Tartu_Kolgata_baptistikogudus, lk 87
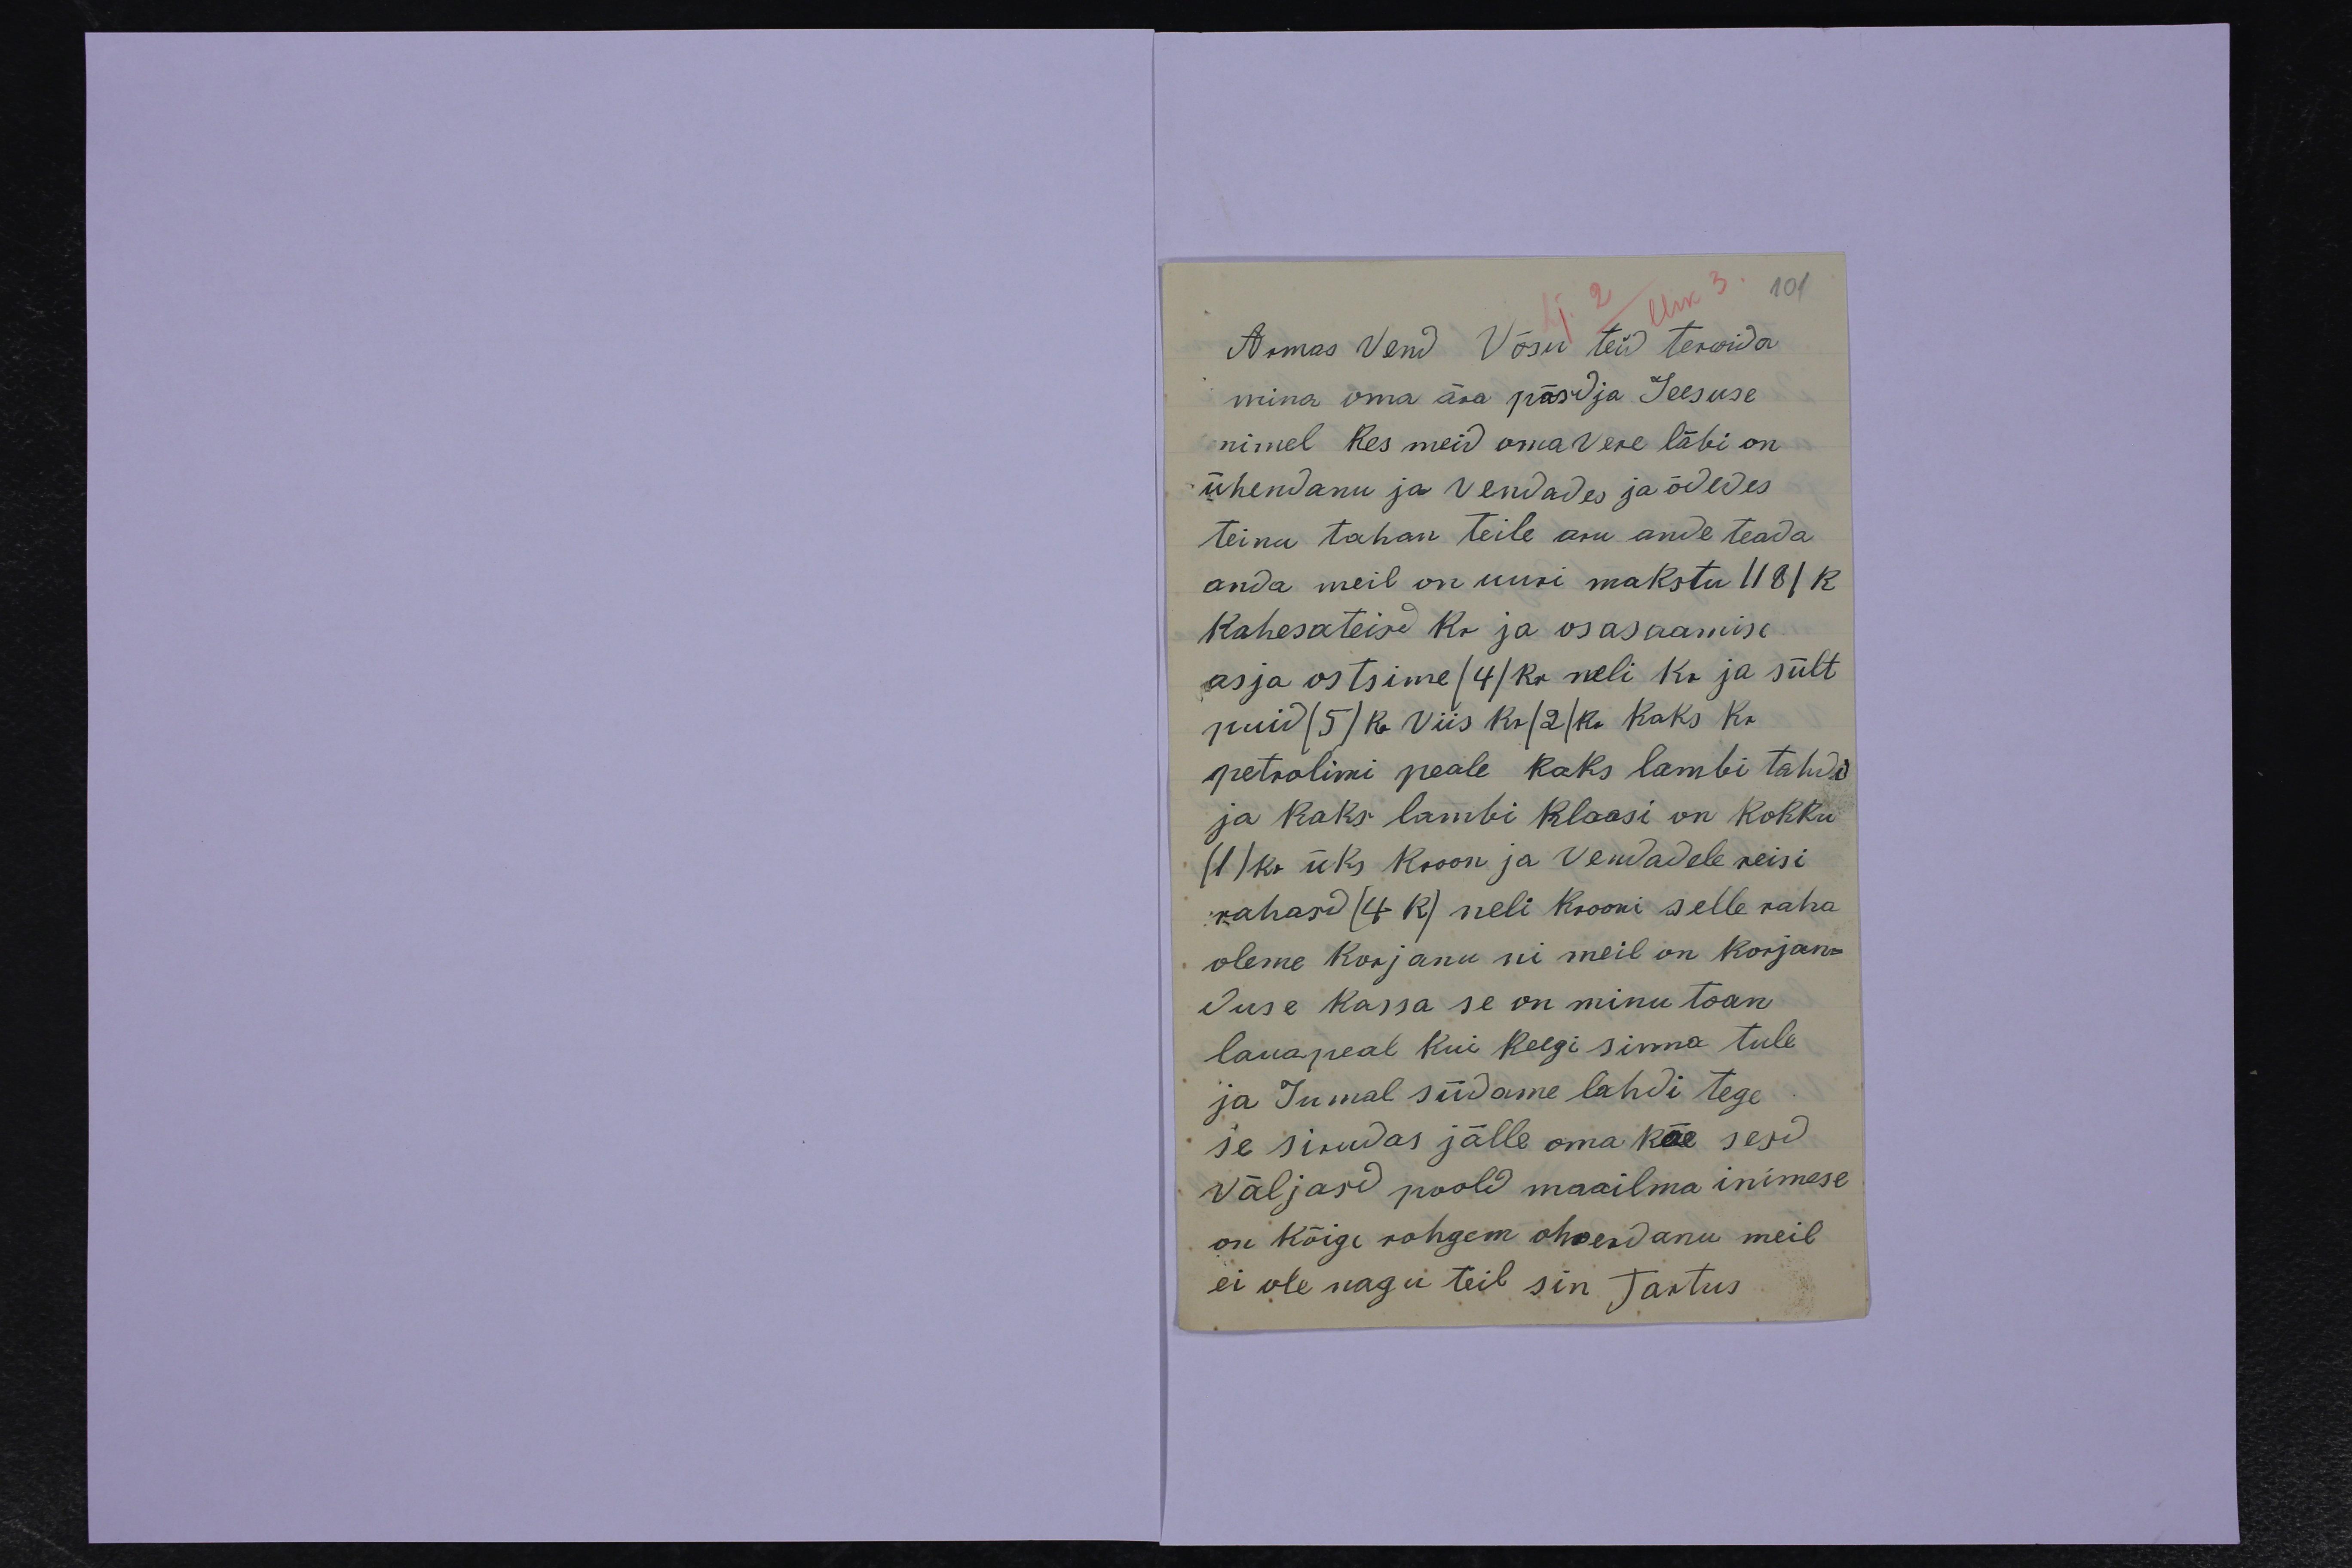
101
Armas vend Võsu teid terwida
mina oma ära päsdja Jeesuse
nimel kes meid oma Vere läbi on
ühendanu ja vendades ja õdedes
teinu tahan teile aru ande teada
anda meil on uuri makstud 1181 K.
kahesateisd Kr ja osasaamise
asja ostsime (4) Kr neli KR ja sült
puid (5) Kr Viis Kr /2/ Kr kaks Kr
petrolimi peale kaks lambi tahdi
ja kaks lambi klaasi on kokku
(1) kr üks Kroon ja Vendadele reisi
rahasd (4 K) neli Krooni selle raha
oleme korjanu nii meil on korjan-
duse kassa se on minu toan
lauapeal kui keegi sinna tule
ja Jumal südame lahdi tege
se sirudas jälle oma käe sesd
väljasd poold maailma inimese
on kõige rohgem ohverdanu meil
ei ole nagu teil sin Tartus